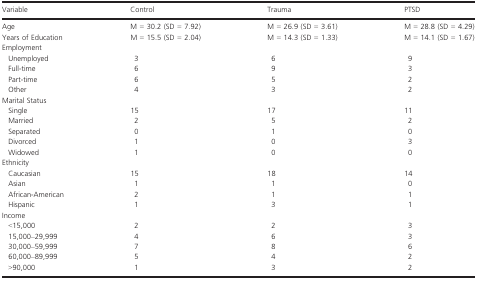
<table><thead><tr><td><b>Variable</b></td><td><b>Control</b></td><td><b>Trauma</b></td><td><b>PTSD</b></td></tr></thead><tbody><tr><td>Age</td><td>M<i> </i>=<i> </i>30.2 (SD<i> </i>= 7.92)</td><td>M<i> </i>=<i> </i>26.9 (SD<i> </i>= 3.61)</td><td>M<i> </i>=<i> </i>28.8 (SD<i> </i>= 4.29)</td></tr><tr><td>Years of Education</td><td>M<i> </i>=<i> </i>15.5 (SD<i> </i>= 2.04)</td><td>M<i> </i>=<i> </i>14.3 (SD<i> </i>= 1.33)</td><td>M<i> </i>=<i> </i>14.1 (SD<i> </i>= 1.67)</td></tr><tr><td colspan="4">Employment</td></tr><tr><td> Unemployed</td><td>3</td><td>6</td><td>9</td></tr><tr><td> Full-time</td><td>6</td><td>9</td><td>3</td></tr><tr><td> Part-time</td><td>6</td><td>5</td><td>2</td></tr><tr><td> Other</td><td>4</td><td>3</td><td>2</td></tr><tr><td colspan="4">Marital Status</td></tr><tr><td> Single</td><td>15</td><td>17</td><td>11</td></tr><tr><td> Married</td><td>2</td><td>5</td><td>2</td></tr><tr><td> Separated</td><td>0</td><td>1</td><td>0</td></tr><tr><td> Divorced</td><td>1</td><td>0</td><td>3</td></tr><tr><td> Widowed</td><td>1</td><td>0</td><td>0</td></tr><tr><td colspan="4">Ethnicity</td></tr><tr><td> Caucasian</td><td>15</td><td>18</td><td>14</td></tr><tr><td> Asian</td><td>1</td><td>1</td><td>0</td></tr><tr><td> African-American</td><td>2</td><td>1</td><td>1</td></tr><tr><td> Hispanic</td><td>1</td><td>3</td><td>1</td></tr><tr><td colspan="4">Income</td></tr><tr><td> &lt;15,000</td><td>2</td><td>2</td><td>3</td></tr><tr><td> 15,000–29,999</td><td>4</td><td>6</td><td>3</td></tr><tr><td> 30,000–59,999</td><td>7</td><td>8</td><td>6</td></tr><tr><td> 60,000–89,999</td><td>5</td><td>4</td><td>2</td></tr><tr><td> &gt;90,000</td><td>1</td><td>3</td><td>2</td></tr></tbody></table>